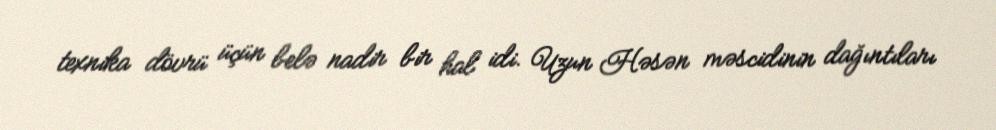
texnika dövrü üçün belə nadir bir hal idi. Uzun Həsən məscidinin dağıntıları